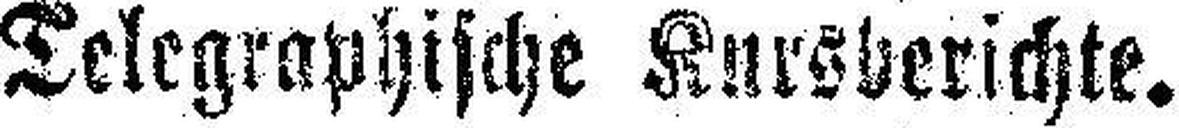
Telegraphische Kursberichte.